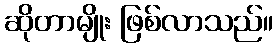
ဆိုတာမျိုး ဖြစ်လာသည်။